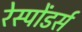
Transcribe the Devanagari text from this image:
रेस्पोंडर्स